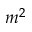
m ^ { 2 }